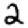
Digit: 2